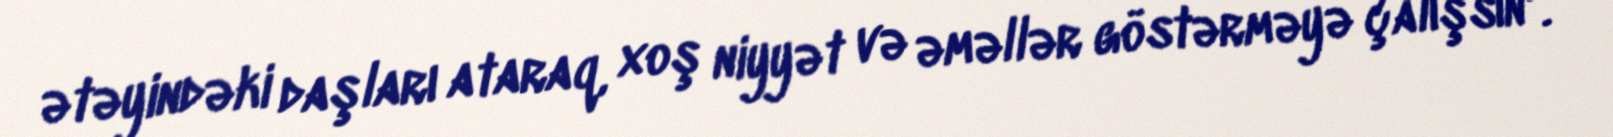
ətəyindəki daşları ataraq, xoş niyyət və əməllər göstərməyə çalışsın".